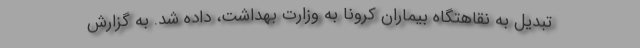
تبدیل به نقاهتگاه بیماران کرونا به وزارت بهداشت، داده شد. به گزارش